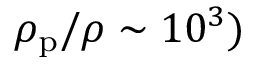
\rho _ { \mathrm { p } } / \rho \sim 1 0 ^ { 3 } )